Document type: Clause in a will
Year: 1320
Scribe: Francesc de Torre
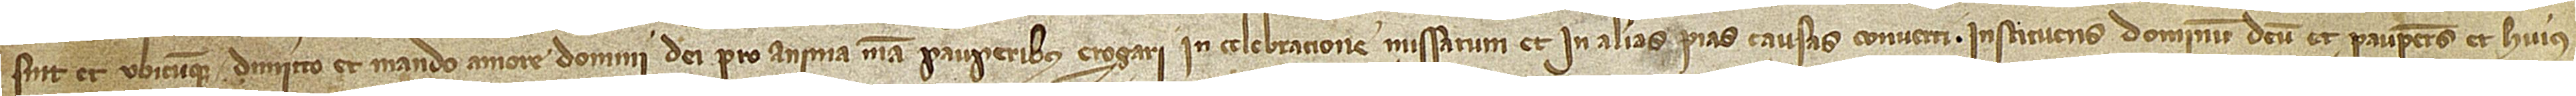
sint et ubicumque, dimitto et mando amore Domini Dei pro anima mea pauperibus erogari, in celebratione missarum et in alias pias causas converti. Instituens Dominum Deum et pauperes et huius-